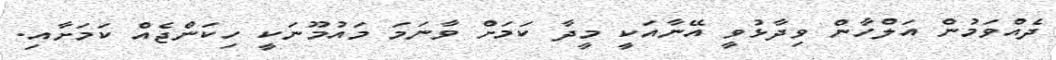
ދެއްވަމުން އަލްހާން ވިދާޅުވީ އޭނާއަކީ މީދާ ކަމަށް ވާނަމަ މައުމޫނަކީ ހިކަންޖެއް ކަމަށާއި.